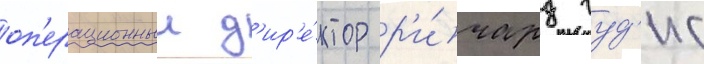
оп'ерационныи д'ир'е́ктор р'и́чард гуд'ис